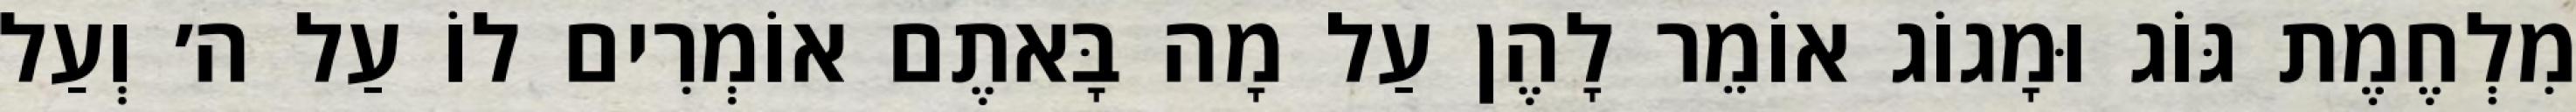
מִלְחֶמֶת גּוֹג וּמָגוֹג אוֹמֵר לָהֶן עַל מָה בָּאתֶם אוֹמְרִים לוֹ עַל ה׳ וְעַל